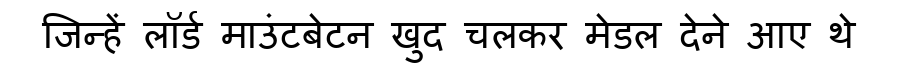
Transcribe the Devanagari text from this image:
जिन्हें लॉर्ड माउंटबेटन खुद चलकर मेडल देने आए थे